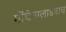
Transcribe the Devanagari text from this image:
मोंचेनग्लाडबाच